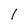
Character: 1